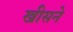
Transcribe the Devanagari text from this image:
खीसने